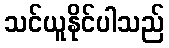
သင်ယူနိုင်ပါသည်